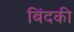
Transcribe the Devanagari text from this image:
बिंदकी